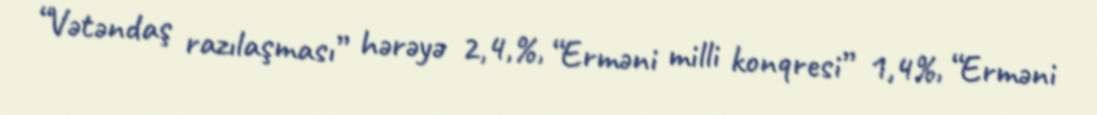
“Vətəndaş razılaşması” hərəyə 2,4,%, “Erməni milli konqresi” 1,4%, “Erməni